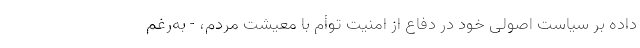
داده بر سیاست اصولی خود در دفاع از امنیت توأم با معیشت مردم، - به‌رغم